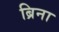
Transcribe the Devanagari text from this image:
ब्रिना